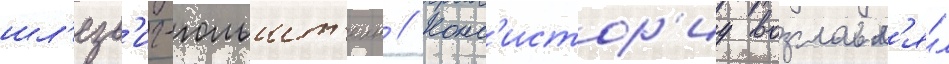
шл'езв'иг-гольшт'еин // Конс'истор'иу возглавл'я́л